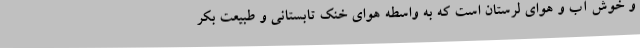
و خوش آب و هوای لرستان است که به واسطه هوای خنک تابستانی و طبیعت بکر